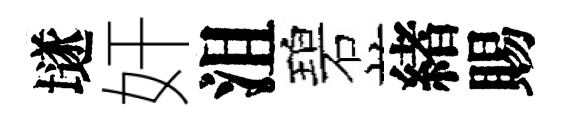
𡑞奸沮碧緖賜